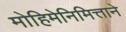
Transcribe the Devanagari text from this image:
मोहिमेनिमित्ताने